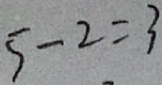
5 - 2 = 3